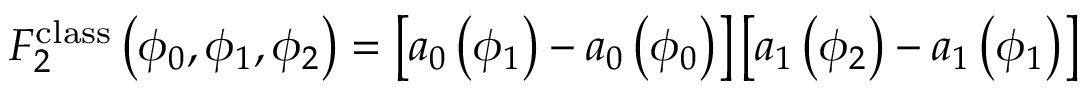
F _ { 2 } ^ { \mathrm { c l a s s } } \left( \phi _ { 0 } , \phi _ { 1 } , \phi _ { 2 } \right) = \left[ a _ { 0 } \left( \phi _ { 1 } \right) - a _ { 0 } \left( \phi _ { 0 } \right) \right] \left[ a _ { 1 } \left( \phi _ { 2 } \right) - a _ { 1 } \left( \phi _ { 1 } \right) \right]